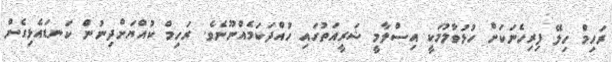
ރަހިމް ހިލޭ ފިރިހެނަކަށް ހުޅުވާލުމަކީ އިސްލާމީ ޝަރީއަތުގައި ހުއްދަކަމެއްނޫނެވެ. ރަހިމް ކުއްޔަށްދިނުން ކަނޑައެޅިގެން